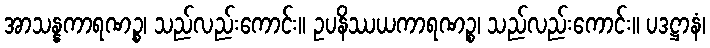
အာသန္နကာရဏဉ္စ၊ သည်လည်းကောင်း။ ဥပနိဿယကာရဏဉ္စ၊ သည်လည်းကောင်း။ ပဒဋ္ဌာနံ၊